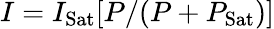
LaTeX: I=I_{\mathrm{Sat}}[P/(P+P_{\mathrm{Sat}})]